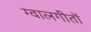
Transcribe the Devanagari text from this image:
ग्वालगीतों